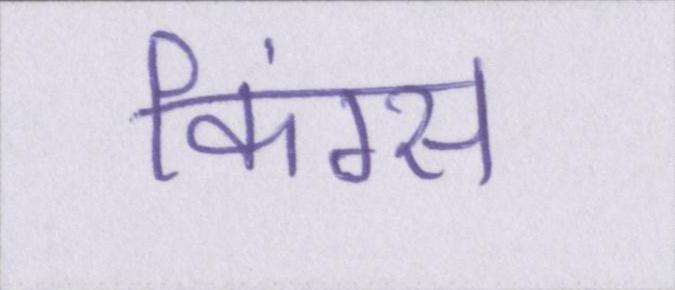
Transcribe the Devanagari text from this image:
किंग्स